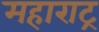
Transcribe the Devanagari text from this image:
महाराट्र